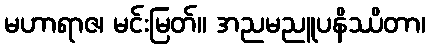
မဟာရာဇ၊ မင်းမြတ်။ အညမညူပနိဿိတာ၊